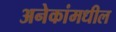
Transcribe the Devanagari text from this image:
अनेकांमधील